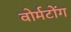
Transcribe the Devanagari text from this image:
वोर्मटोंग